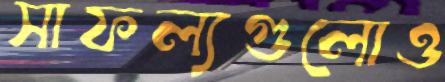
সাফল্যগুলোও